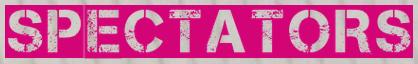
SPECTATORS